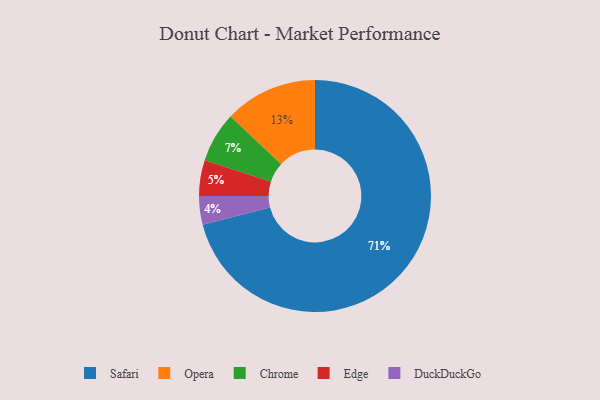
{"axis": {"x": "Category", "y": "Percentage"}, "legend": ["Chrome", "DuckDuckGo", "Edge", "Opera", "Safari"], "data": [{"x": "DuckDuckGo", "y": 4, "type": "DuckDuckGo"}, {"x": "Opera", "y": 13, "type": "Opera"}, {"x": "Safari", "y": 71, "type": "Safari"}, {"x": "Edge", "y": 5, "type": "Edge"}, {"x": "Chrome", "y": 7, "type": "Chrome"}]}